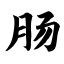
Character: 肠